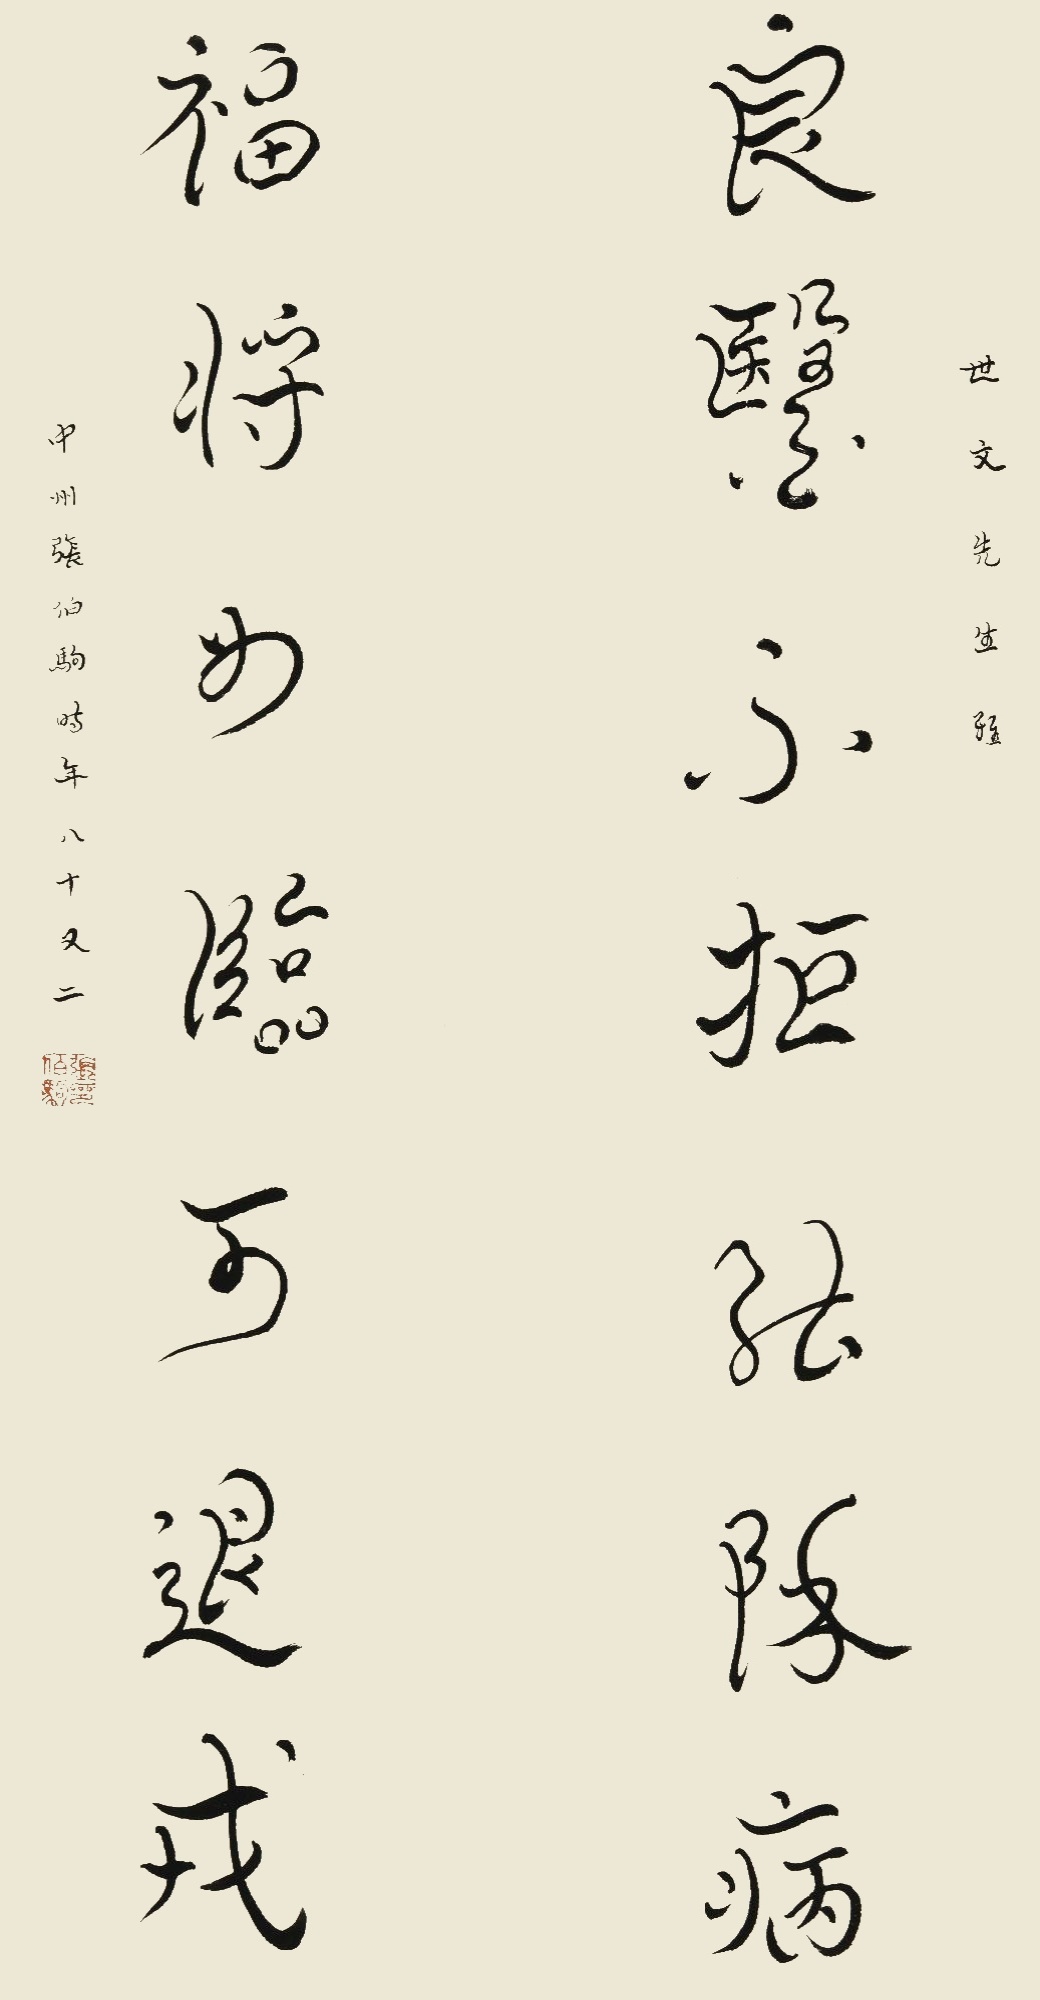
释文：良医不拒能除病，福将如临可退戎。世文先生雅，中州张伯驹时年八十又二。